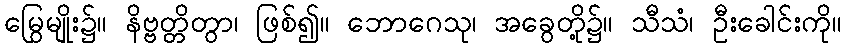
မြွေမျိုး၌။ နိဗ္ဗတ္တိတွာ၊ ဖြစ်၍။ ဘောဂေသု၊ အခွေတို့၌။ သီသံ၊ ဦးခေါင်းကို။